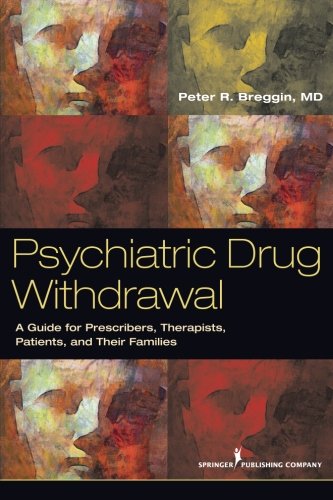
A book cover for Psychiatric Drug Withdrawal: A Guide for Prescribers, Therapists, Patients and their Families; Peter R. Breggin MD; Medical Books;